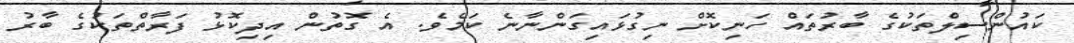
ކައުންސިލްތަކުގެ ބާރުތައް ހަނިކޮށް ނިގުޅައިގަންނާނެ ކަމެވެ. އެ ގޮތުން އިދިކޮޅު ފަރާތްތަކުގެ ބާރު